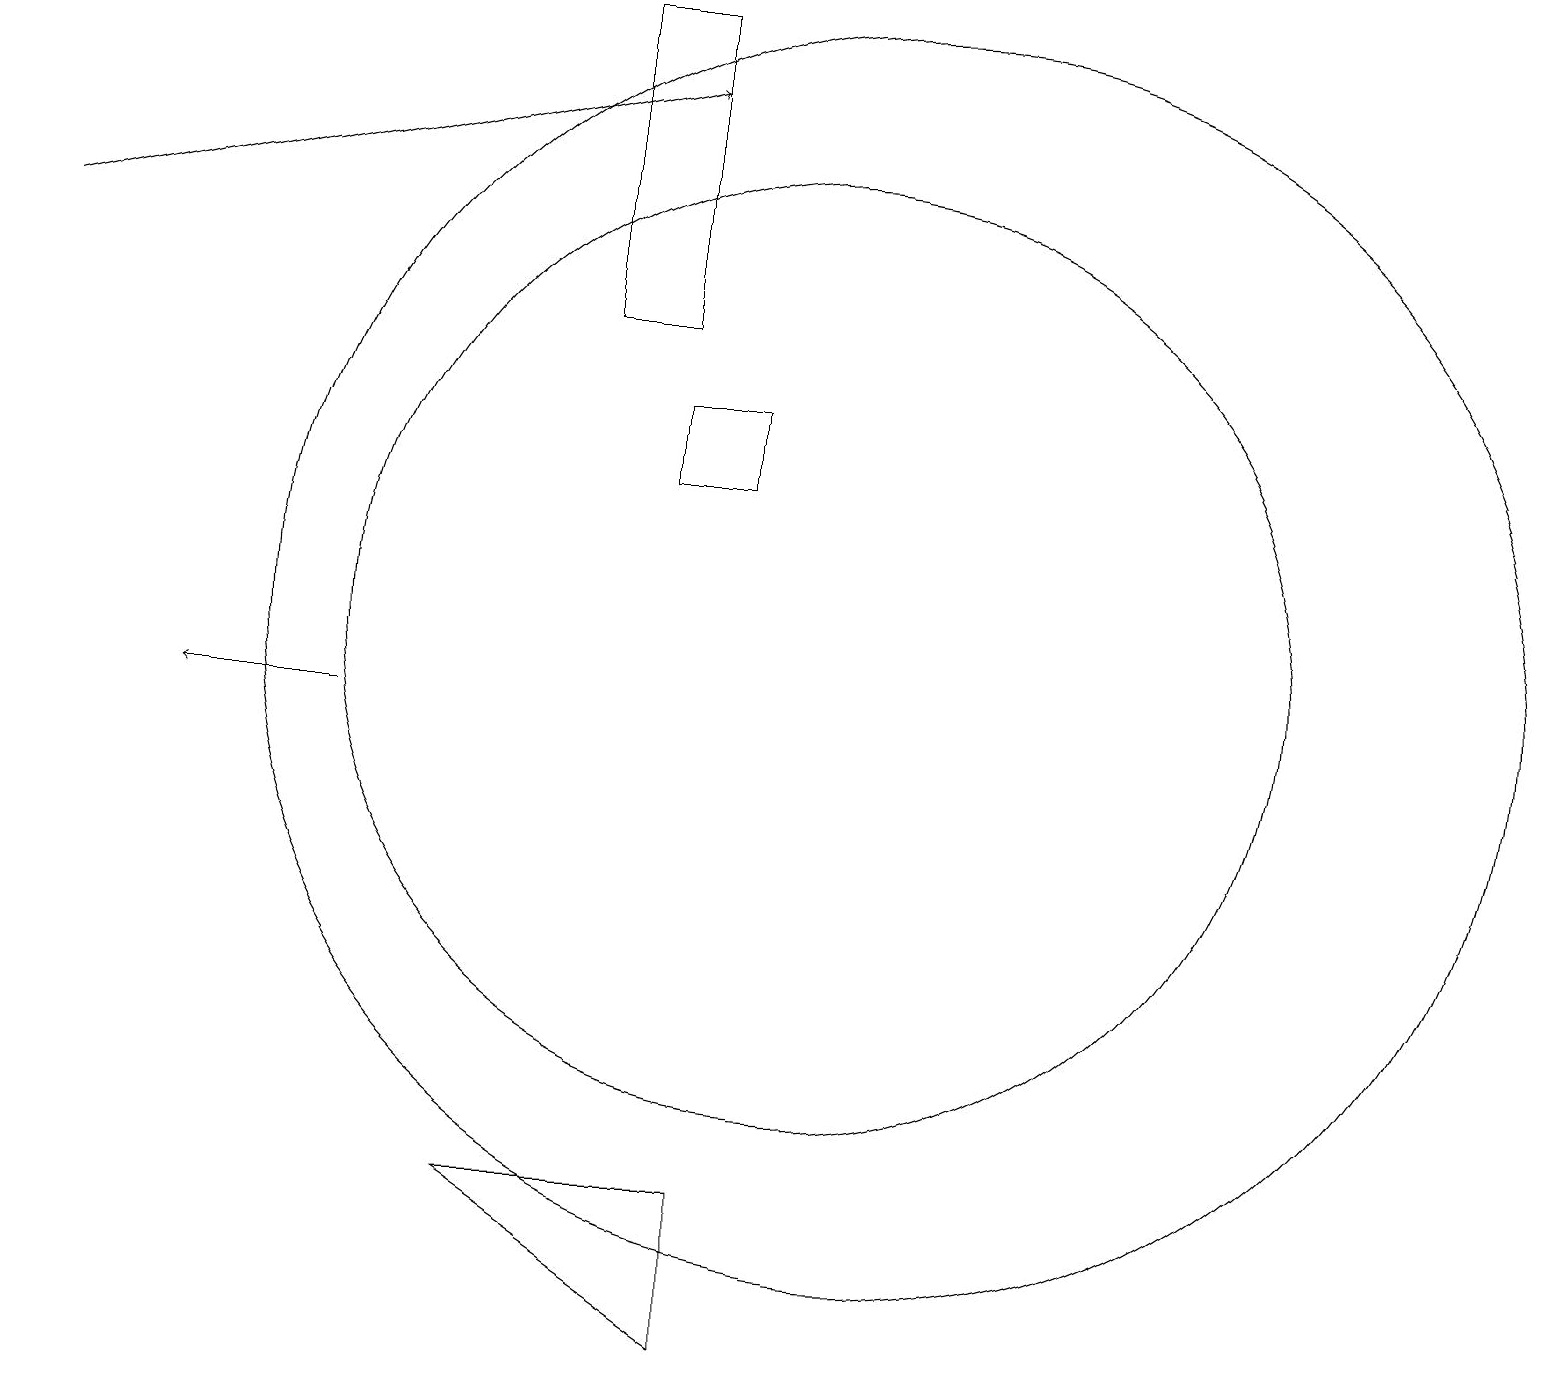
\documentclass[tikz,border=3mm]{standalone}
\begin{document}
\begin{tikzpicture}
\draw (10,10) circle (0);
\draw (11,11) circle (8);
\draw[->] (4,10) -- (2,10);
\draw (8,13) rectangle (9,14);
\draw (7,15) rectangle (8,19);
\draw (10,11) circle (6);
\draw[->] (0,16) -- (8,18);
\draw (6,4) -- (9,4) -- (9,2) -- cycle;
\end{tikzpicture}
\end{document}